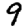
Digit: 9